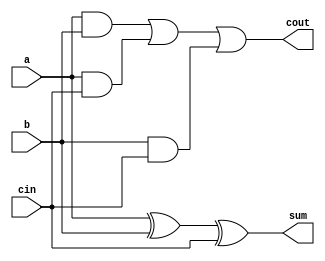
module full_adder_1b (input a, b, cin, output sum, cout);

assign sum = a ^ b ^ cin;
assign cout = (a & b) | (a & cin) | (b & cin);

endmodule

module full_adder_test; 

reg ta, tb, tcin;
wire tsum , tcout;

full_adder_1b t (.a(ta) , .b(tb) , .cin(tcin) , .sum(tsum) , .cout(tcout));
initial 
begin
ta= 1'b0; tb= 1'b0;  tcin= 1'b0;

#100;
ta= 1'b0 ; tb= 1'b0 ; tcin= 1'b1 ;


#100;
ta= 1'b0 ; tb= 1'b1 ; tcin= 1'b0 ;

#100;
ta= 1'b0 ; tb= 1'b1 ; tcin= 1'b1 ;

#100;
ta= 1'b1 ; tb= 1'b0 ; tcin= 1'b0 ;

#100;
ta= 1'b1 ; tb= 1'b0 ; tcin= 1'b1 ;

#100;
ta= 1'b1 ; tb= 1'b1 ; tcin= 1'b0 ;

#100;
ta= 1'b1 ; tb= 1'b1 ; tcin= 1'b1 ;

end



endmodule